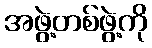
အဖွဲ့တစ်ဖွဲ့ကို